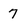
Character: 7